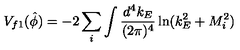
V _ { f 1 } ( \hat { \phi } ) = - 2 \sum _ { i } \int \frac { d ^ { 4 } k _ { E } } { ( 2 \pi ) ^ { 4 } } \ln ( k _ { E } ^ { 2 } + M _ { i } ^ { 2 } )